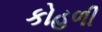
કોહળી